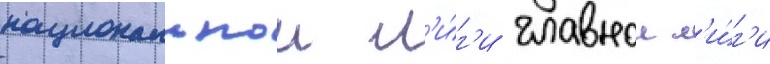
национальнои л'и́г'и главнои л'и́г'и